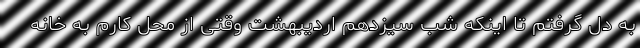
به دل گرفتم تا اینکه شب سیزدهم اردیبهشت وقتی از محل کارم به خانه